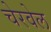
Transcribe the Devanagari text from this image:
चेरवेल